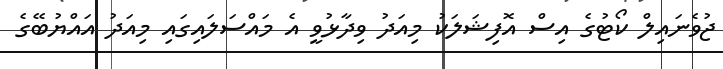
ޖުވެނައިލް ކޯޓުގެ އިސް އޮފިޝަލަކު މިއަދު ވިދާޅުވީ އެ މައްސަލައިގައި މިއަދު އައްޔުބޭގެ